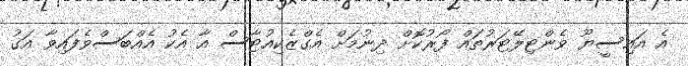
އެ އައިސީޔޫ ވެންޓިލޭޓަރުތައް ފޯރުކޮށް ދިނުމަށް އެގްޒެކިއުޓާސް އާ އެކު އެއްބަސްވެފައިވާ އަގު